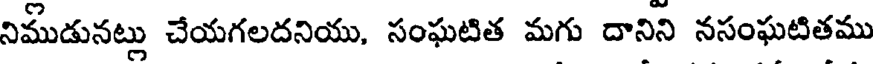
నిముడునట్లు చేయగలదనియు, సంఘటిత మగు దానిని నసంఘటితము